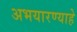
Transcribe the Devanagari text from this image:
अभयारण्याहे